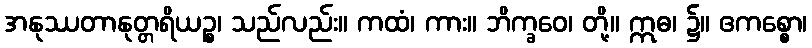
အနုဿတာနုတ္တရိယဉ္စ၊ သည်လည်း။ ကထံ၊ ကား။ ဘိက္ခဝေ၊ တို့။ ဣဓ၊ ၌။ ဧကစ္စော၊